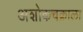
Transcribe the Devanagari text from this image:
अशोकचक्राला